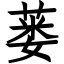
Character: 蒌